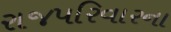
રાજપરિવારના